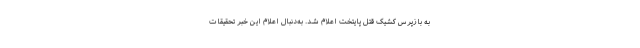
به بازپرس کشیک قتل پایتخت اعلام شد. به‌دنبال اعلام این خبر تحقیقات